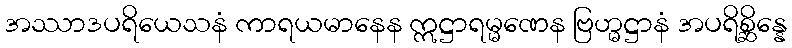
အဿာဒပရိယေသနံ ကာရယမာနေန ဣဋ္ဌာရမ္မဏေန ဗြဟ္မဋ္ဌာနံ အပရိစ္ဆိန္နေ